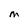
Character: m